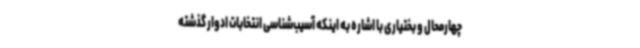
چهارمحال و بختیاری با اشاره به اینکه آسیب‌شناسی انتخابات ادوار گذشته